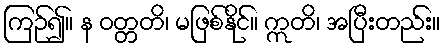
ကြဉ်၍။ န ဝတ္တတိ၊ မဖြစ်နိုင်။ ဣတိ၊ အပြီးတည်း။